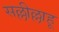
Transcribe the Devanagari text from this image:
सल्लील्लाहू